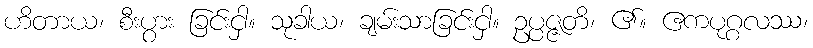
ဟိတာယ၊ စီးပွား ခြင်းငှါ။ သုခါယ၊ ချမ်းသာခြင်းငှါ။ ဥပ္ပဇ္ဇတိ၊ ၏။ ဧကပုဂ္ဂလဿ၊